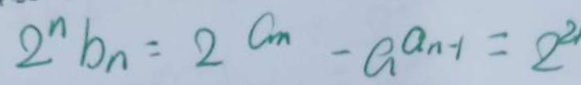
2 ^ { n } b _ { n } = 2 ^ { C m } - a ^ { a n - 1 } = 2 ^ { 2 }